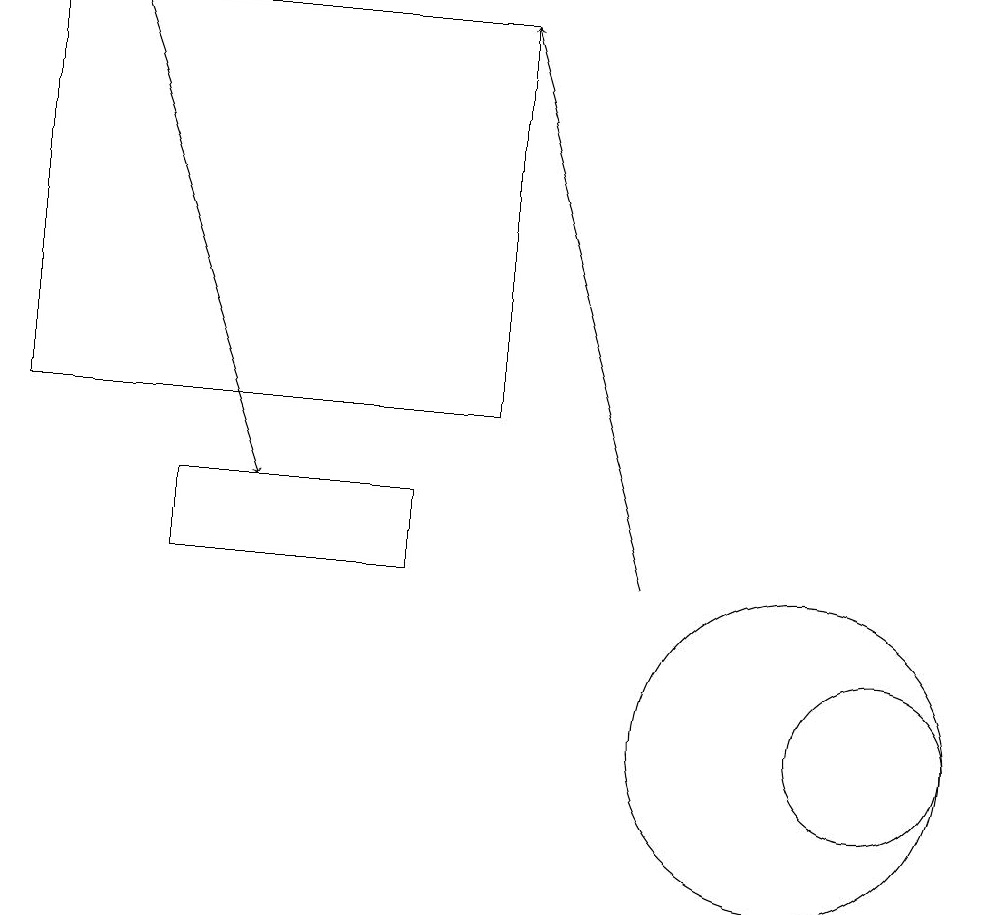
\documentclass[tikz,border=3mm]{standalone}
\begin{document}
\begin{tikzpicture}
\draw (11,10) circle (1);
\draw (2,13) rectangle (5,12);
\draw (6,19) rectangle (0,14);
\draw (10,10) circle (0);
\draw[->] (8,12) -- (6,19);
\draw[->] (1,19) -- (3,13);
\draw (10,10) circle (2);
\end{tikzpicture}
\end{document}